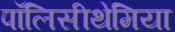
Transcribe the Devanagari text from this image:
पॉलिसीथेमिया